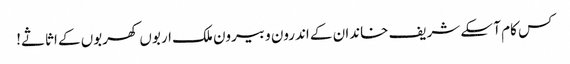
کس کام آ سکے شریف خاندان کے اندرون و بیرون ملک اربوں کھربوں کے اثاثے!